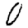
Digit: 0